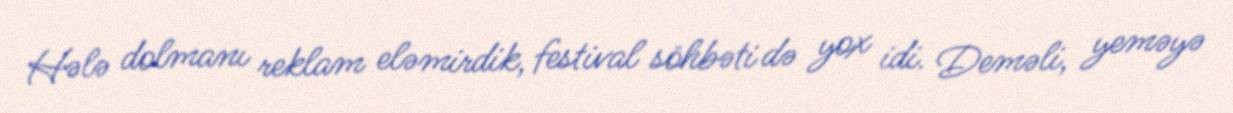
Hələ dolmanı reklam eləmirdik, festival söhbəti də yox idi. Deməli, yeməyə